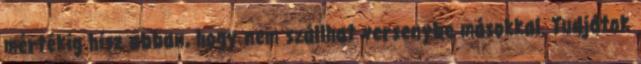
mértékig hisz abban, hogy nem szállhat versenybe másokkal. Tudjátok